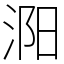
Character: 㳱